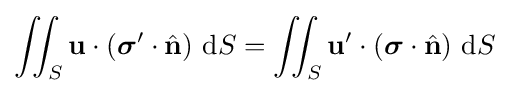
\iint _{S}\mathbf {u} \cdot ({\boldsymbol {\sigma }}'\cdot {\hat {\mathbf {n} }})~\mathrm {d} S=\iint _{S}\mathbf {u} '\cdot ({\boldsymbol {\sigma }}\cdot {\hat {\mathbf {n} }})~\mathrm {d} S